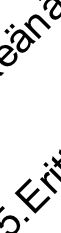
. E n